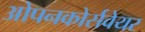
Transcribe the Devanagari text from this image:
ओपनकोर्सवेयर